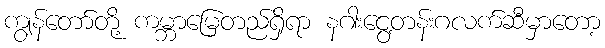
ကျွန်တော်တို့ ကမ္ဘာမြေတည်ရှိရာ နဂါးငွေ့တန်းဂလက်ဆီမှာတော့